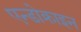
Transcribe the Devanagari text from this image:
एन्डोक्राइन